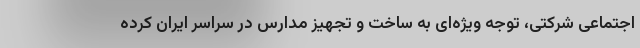
اجتماعی شرکتی، توجه ویژه‌ای به ساخت و تجهیز مدارس در سراسر ایران کرده